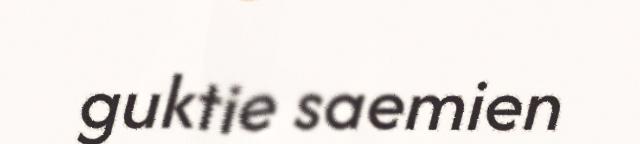
guktie saemien